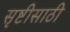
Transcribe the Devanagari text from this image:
सृष्टीसाठी